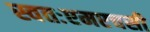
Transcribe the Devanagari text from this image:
स्वतःएमएचसी